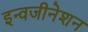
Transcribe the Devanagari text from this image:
इन्वजीनेशन